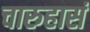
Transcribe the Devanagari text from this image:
चारुहासं